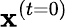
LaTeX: \mathbf{x}^{(t=0)}